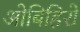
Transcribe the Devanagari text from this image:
ओबिहिरो